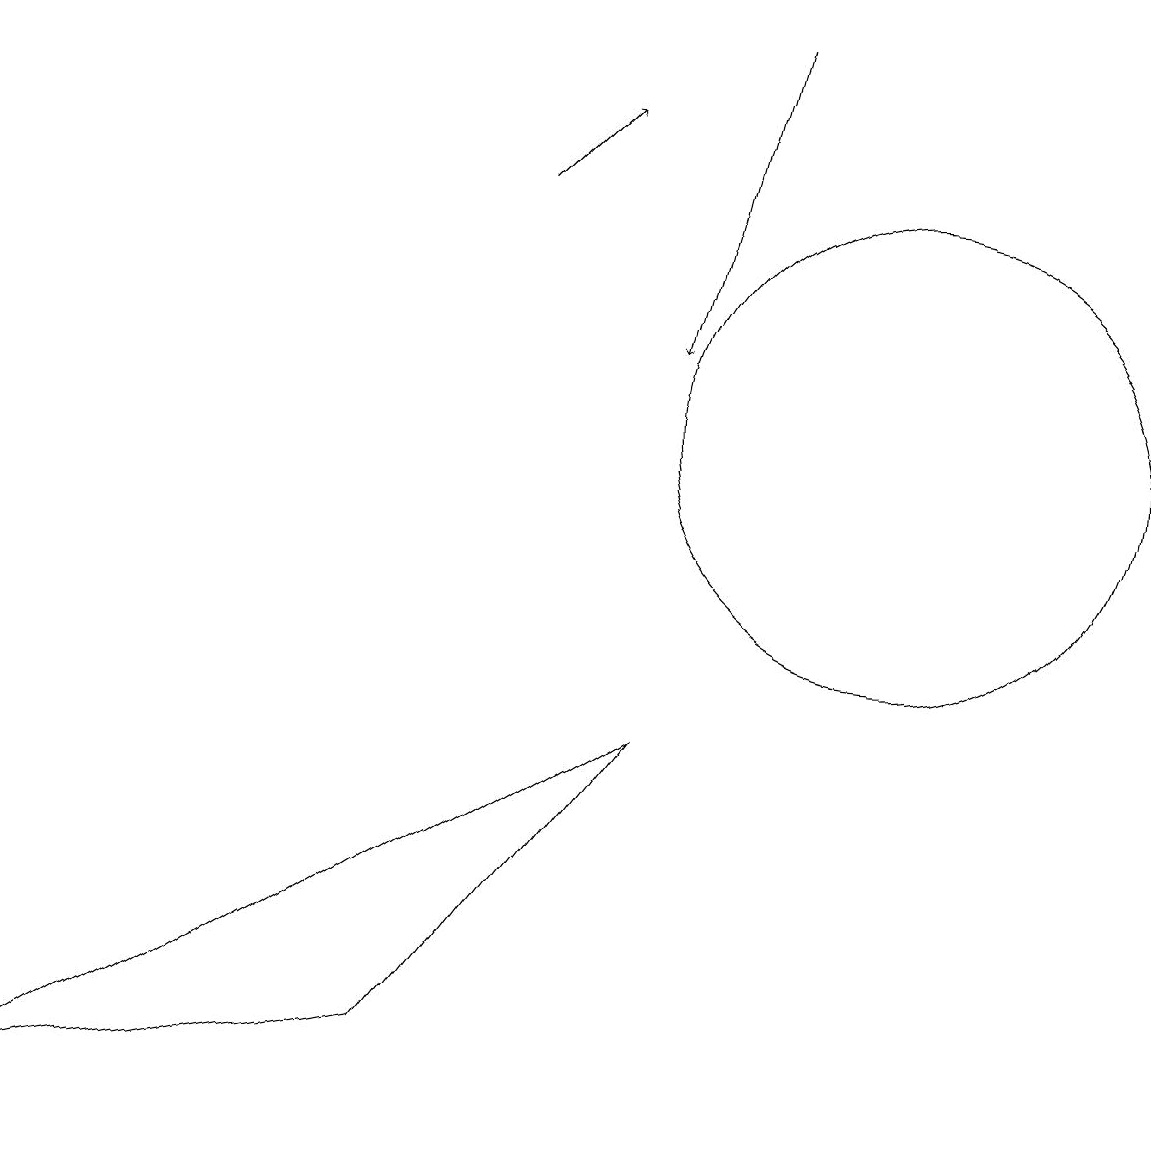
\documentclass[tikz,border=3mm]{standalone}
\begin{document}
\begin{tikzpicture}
\draw (11,10) circle (3);
\draw[->] (6,13) -- (7,14);
\draw[->] (9,15) -- (8,11);
\draw (0,1) -- (8,6) -- (5,2) -- cycle;
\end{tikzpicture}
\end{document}